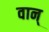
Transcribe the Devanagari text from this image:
वान्